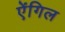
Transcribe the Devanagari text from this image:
ऐंगिल